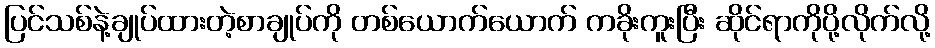
ပြင်သစ်နဲ့ချုပ်ထားတဲ့စာချုပ်ကို တစ်ယောက်ယောက် ကခိုးကူးပြီး ဆိုင်ရာကိုပို့လိုက်လို့